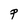
Character: P